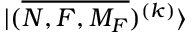
{ | ( \overline { { N , F , M _ { F } } } ) ^ { ( k ) } \rangle }